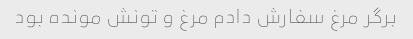
برگر مرغ سفارش دادم مرغ و تونش مونده بود